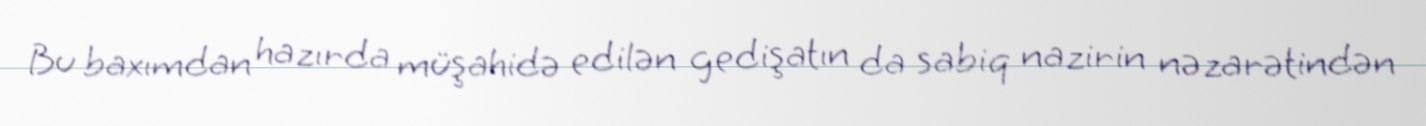
Bu baxımdan hazırda müşahidə edilən gedişatın da sabiq nazirin nəzarətindən